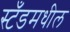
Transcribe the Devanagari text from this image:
स्टँडमधील